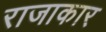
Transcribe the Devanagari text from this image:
राजाकार